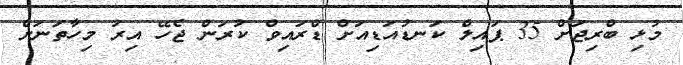
މުޅި ބްރިޖަށް 35 ޕައިލް ކަނޑުއަޑިއަށް ޑްރައިވް ކުރަން ޖެހޭ އިރު މިހާތަނަށް